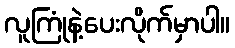
လူကြုံနဲ့ပေးလိုက်မှာပါ။